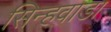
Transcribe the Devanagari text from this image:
सिन्हवाडा